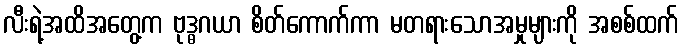
လီးရဲ့အထိအတွေ့က ဗုဒ္ဓဂယာ စိတ်ကောက်ကာ မတရားသောအမှုများကို အစစ်ထက်